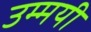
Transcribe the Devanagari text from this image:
उम्मयी